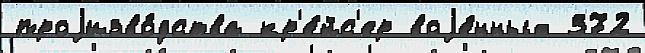
проjизво́дства кр'е́йс'ер воjе́нных 372